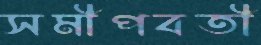
সমীপবর্তী